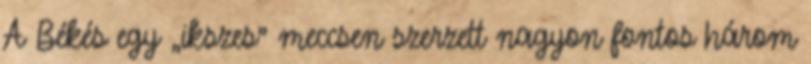
A Békés egy „ikszes” meccsen szerzett nagyon fontos három